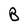
Character: B